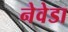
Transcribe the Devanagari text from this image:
नेवेडा